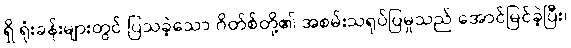
ရှိ ရုံးခန်းများတွင် ပြသခဲ့သော ဂိတ်စ်တို့၏ အစမ်းသရုပ်ပြမှုသည် အောင်မြင်ခဲ့ပြီး၊